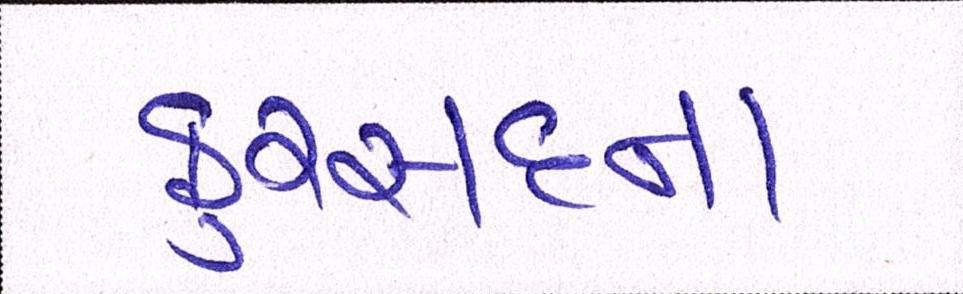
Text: ફુરસદના